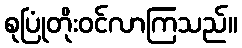
စုပြုံတိုးဝင်လာကြသည်။